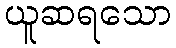
ယူဆရသော